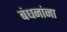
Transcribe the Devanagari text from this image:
बंधनांना